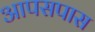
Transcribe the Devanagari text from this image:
आपसपास